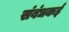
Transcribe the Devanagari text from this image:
संबंधकई